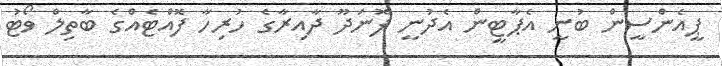
ޕީއެންސީން ބުނީ އެޕާޓީން އެދުނީ ފޮނަދޫ ދާއިރާގެ ހުރިހާ ފޮއްޓެއްގެ ބާތިލް ވޯޓު